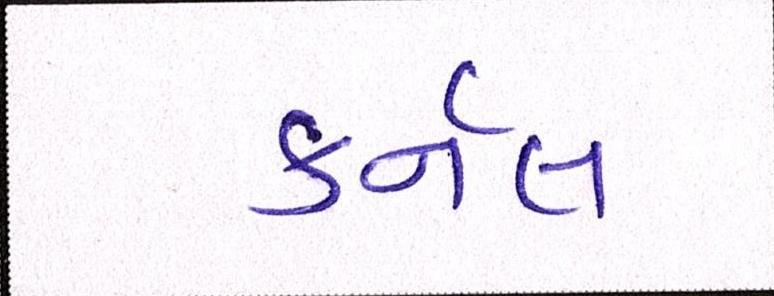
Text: કર્નલ